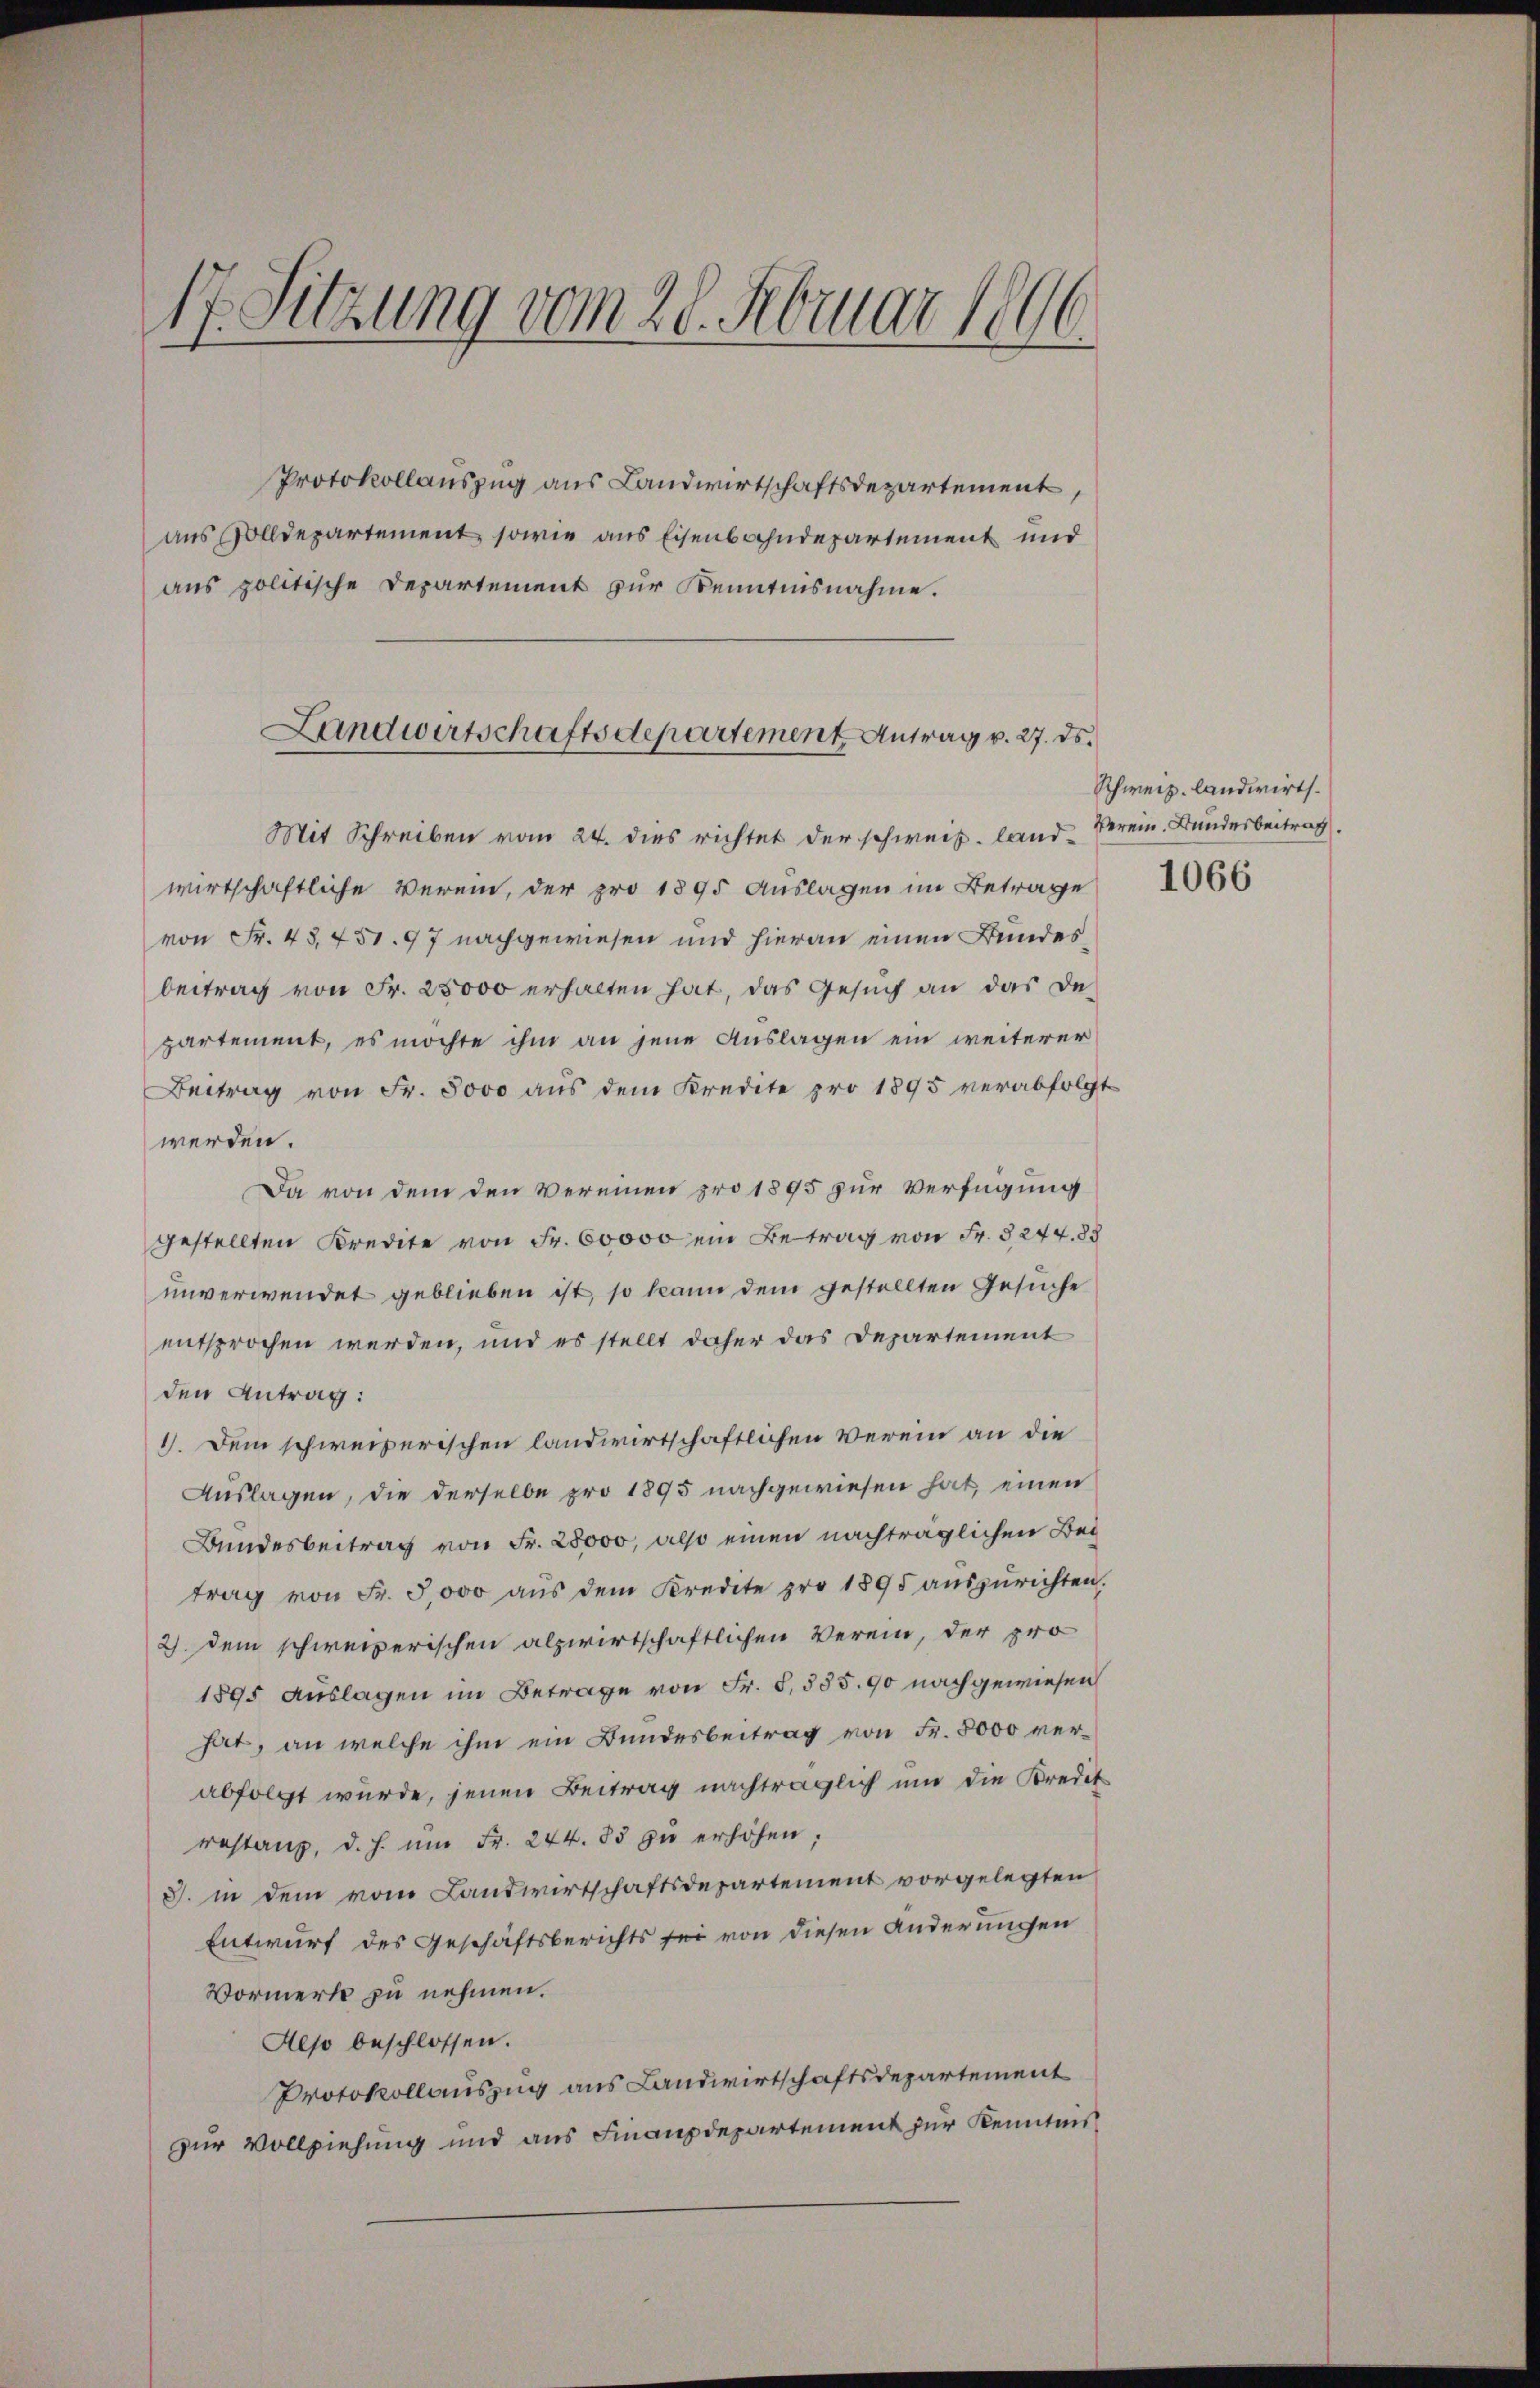
17. Sitzung vom 28. Februar 1896.

Protokollauszug aus Landwirtschaftsdepartement,
aus solldepartement, sowie aus Eisenbahndepartement und
aus politische Departement zur Kenntnisnahme.

Landwirtschaftsdepartement Antrag v. 27. ds.

Mit Schreiben vom 24. dies richtet der schweiz. landwirtschaftliche Verein, der pro 1895 Auslagen im Betrage
von Fr. 48,751. 97 nachgewiesen und hieran einen Bundesbeitrag von Fr. 25000 erhalten hat, das Gesuch an das De-
partement, es möchte ihm an jene Auslagen ein weiterer
Beitrag von Fr. 8000 aus dem Kredite pro 1895 verabfolgt
werden.
Da von dem den Vereinen pro 1895 zur Verfügung
gestellten Kredite von Fr. 60000 ein Betrag von Fr. § 244. 88
unverwendet geblieben ist, so kann dem gestellten Gesuche
entsprochen werden, und es stellt daher das Departement
den Antrag:
1. Dem schweizerischen landwirtschaftlichen Verein an die
Auslagen, die derselbe pro 1895 nachgewiesen hat, einen
Bundesbeitrag von Fr. 28000, also einen nachträglichen Beg
trag von Fr. 5000 aŭs dem Kredite pro 1895 aŭszŭrichten.
2) dem schweizerischen alpwirtschaftlichen Verein, der pro
1895 Auslagen im Betrage von Fr. 5,585. 90 nachgewiesen
hat, an welche ihm ein Bundesbeitrag von Fr. 5000 verabfolgt wurde, jenen Beitrag nachträglich um die Kredit
restanz, d. h. ŭm Fr. 244. 85 zŭ erhöhen;
3. in dem vom Landwirtschaftsdepartement vorgelegten
Entwurf des Geschäftsberichts sei von diesen Änderungen
Vormerk zu nehmen.
Also beschlossen.
Protokollauszug aus Landwirtschaftsdepartement
zur Vollziehung und aus Finanzdepartement zur Kenntnis

Schweiz. landwirts
Verein. Bundesbeitrag.

1066